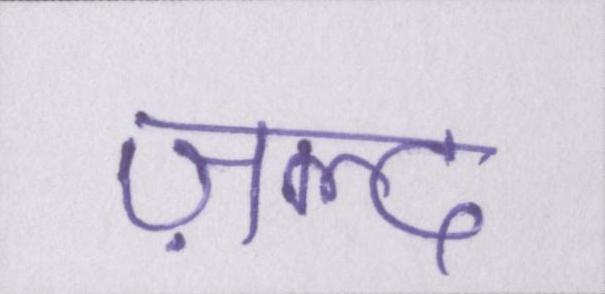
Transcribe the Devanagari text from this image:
ज़ल्द